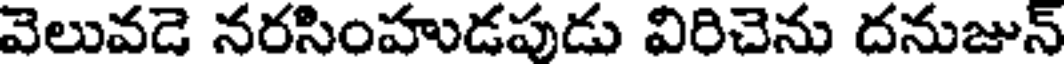
వెలువడె నరసింహుడపుడు విరిచెను దనుజున్